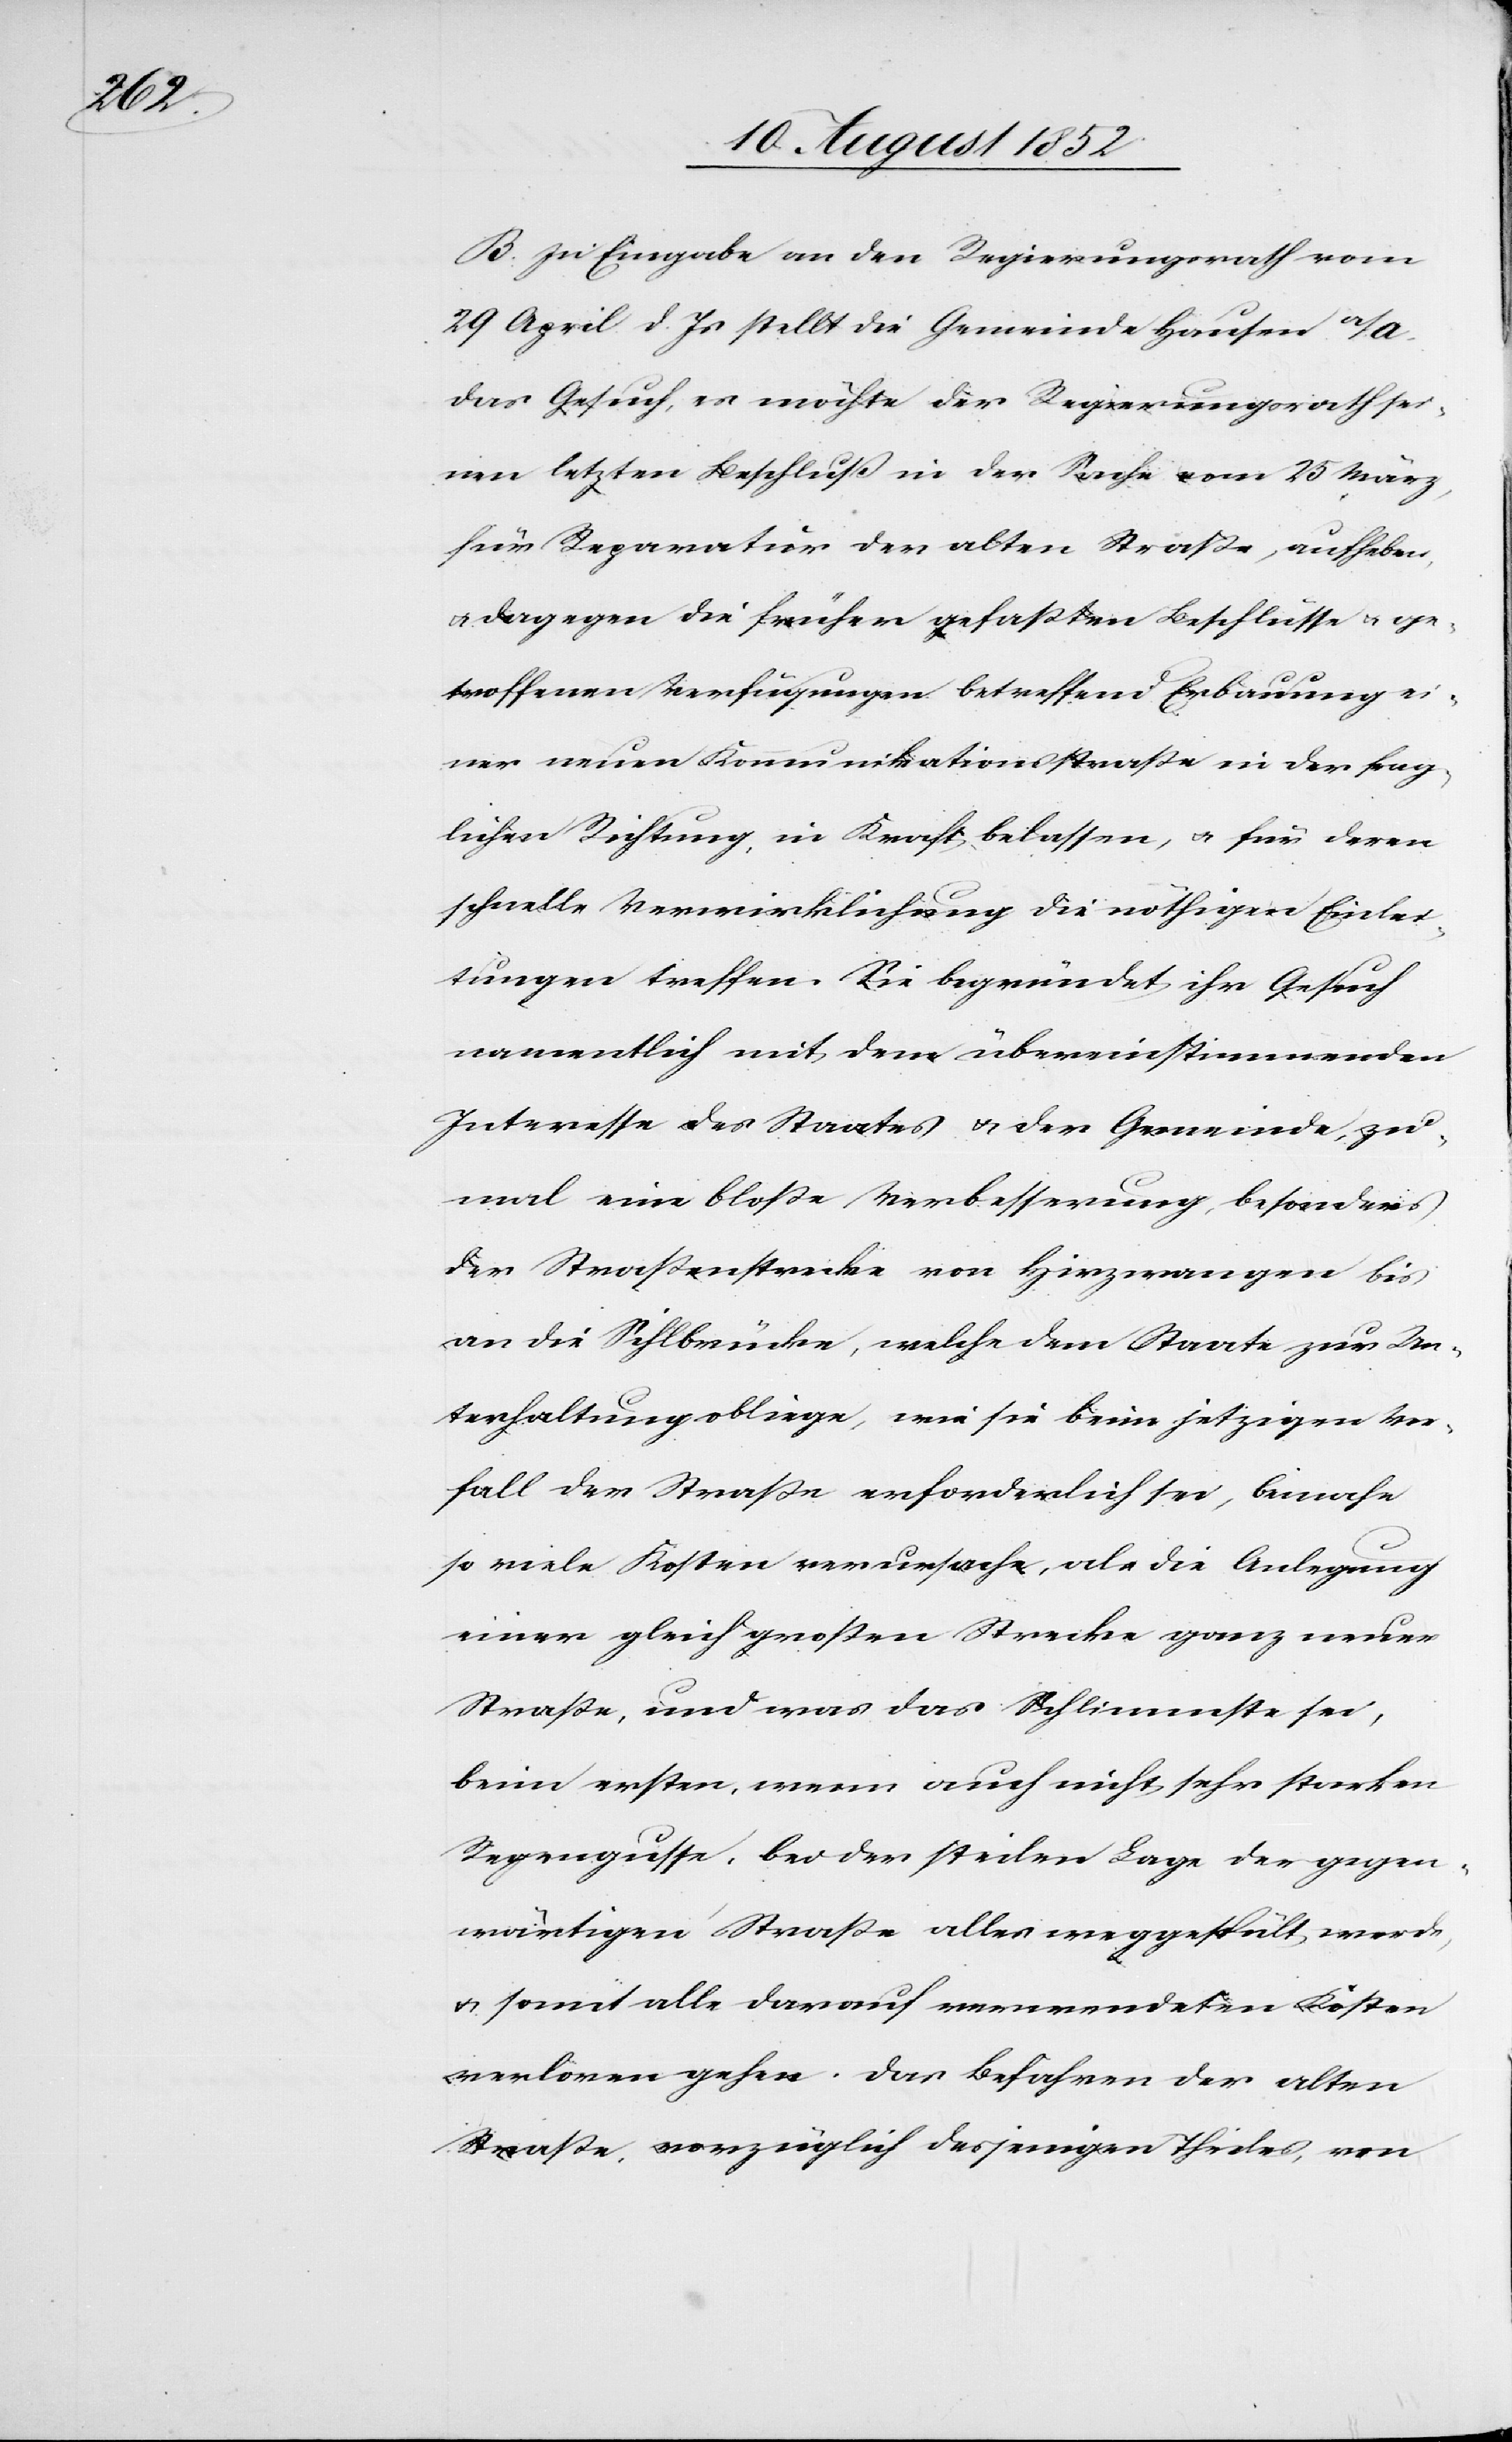
B. In Eingabe an den Regierungsrath vom
29 April d. Js stellt die Gemeinde Hausen a/A.
das Gesuch, es möchte der Regierungsrath sei¬
nen letzten Beschluß in der Sache vom 25 März,
für Reparatur der alten Straße, aufheben,
dagegen die früher gefaßten Beschlüsse & ge¬
troffenen Verfügungen betreffend Erbauung ei¬
ner neuen Kommunikationsstraße in der frag¬
lichen Richtung, in Kraft belassen, & für deren
schnelle Verwirklichung die nöthigen Einlei¬
tungen treffen. Sie begründet ihr Gesuch
namentlich mit dem übereinstimmenden
Interesse des Staates & der Gemeinde, zu¬
mal eine bloße Verbesserung, besonders
der Straßenstrecke von Hirzwangen bis
an die Sihlbrücke, welche dem Staate zur Un¬
terhaltung obliege, wie sie beim jetzigen Vor¬
fall der Straße erforderlich sei, beinahe
so viele Kosten verursache, als die Anlegung
einer gleich großen Strecke ganz neuer
Straße, und was das Schlimmste sei,
beim ersten, wenn auch nicht sehr starken
Regengusse, bei der steilen Lage der gegen¬
wärtigen Straße alles weggespült werde,
& somit alle darauf verwendeten Kosten
verloren gehen. Das Befahren der alten
Straße, vorzüglich desjenigen Theiles, von